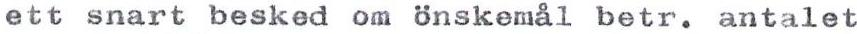
ett snart besked om önskemål betr. antalet